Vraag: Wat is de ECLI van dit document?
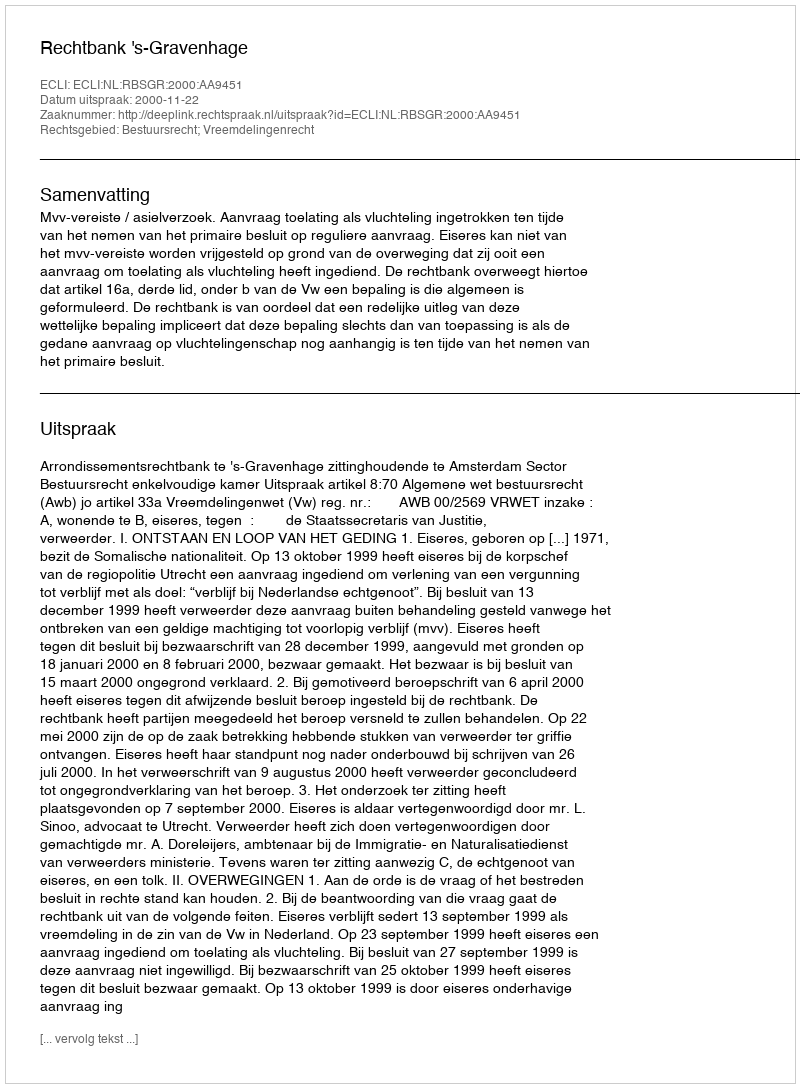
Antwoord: ECLI:NL:RBSGR:2000:AA9451